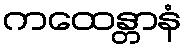
ကထေန္တာနံ